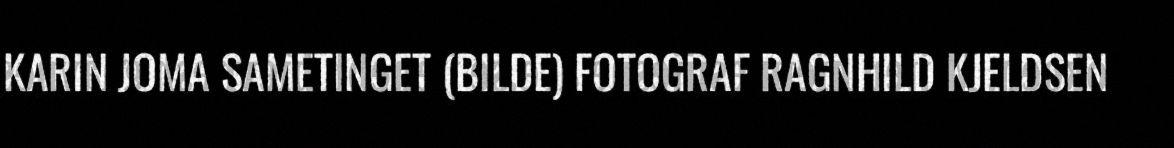
KARIN JOMA SAMETINGET (BILDE) FOTOGRAF RAGNHILD KJELDSEN